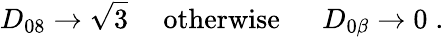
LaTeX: D_{08}\rightarrow\sqrt{3}~~~~~\mathrm{otherwise}~~~~~~D_{0\beta}\rightarrow 0\; .